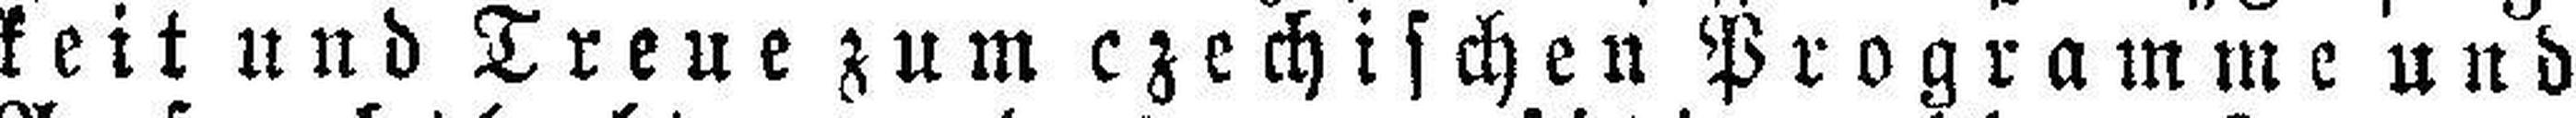
keit und Treue zum czechischen Programme und